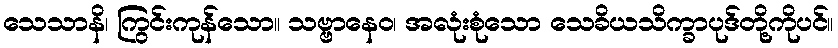
သေသာနိ၊ ကြွင်းကုန်သော။ သဗ္ဗာနေဝ၊ အလုံးစုံသော သေခိယသိက္ခာပုဒ်တို့ကိုပင်။